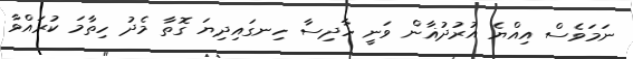
ނަމަވެސް އިއްޔެ އުރުދުޣާން ވަނީ ހާދިސާ ހިނގައިދިޔަ ގޮތާ މެދު ހިތާމަ ކުރައްވާ